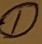
Text: 1